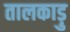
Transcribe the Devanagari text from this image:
तालकाड़ु